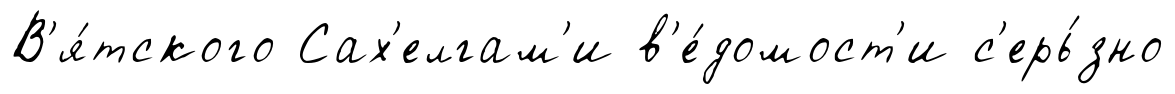
В'я́тского Сах'елгам'и в'е́домост'и с'ерь́зно